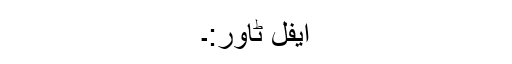
ایفل ٹاور:۔